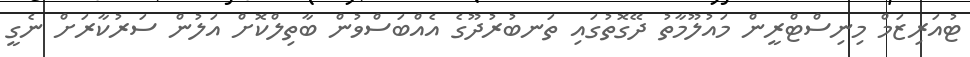
ޓުއަރިޒަމް މިނިސްޓްރީން މައުލޫމާތު ދޭގޮތުގައި ތަނބުރުދޫގެ އެއްބަސްވުން ބާތިލްކޮށް އަލުން ސަރުކާރަށް ނެގީ